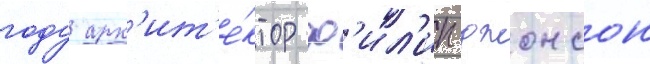
году арх'ит'е́ктор ф'ил'ип джонсон